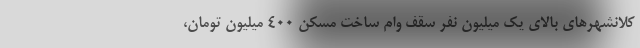
کلانشهر‌های بالای یک میلیون نفر سقف وام ساخت مسکن 400 میلیون تومان،